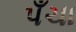
પઁચા